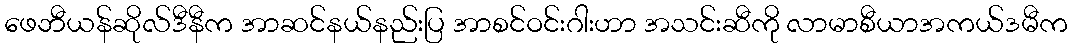
ဖေဘီယန်ဆိုလ်ဒီနီက အာဆင်နယ်နည်းပြ အာစင်ဝင်းဂါးဟာ အသင်းဆီကို လာမာစီယာအကယ်ဒမီက